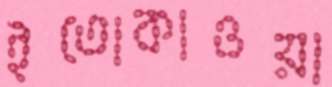
ইতোকাওয়া